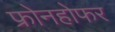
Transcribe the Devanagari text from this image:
फ्रोनहोफर